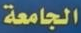
الجامعة